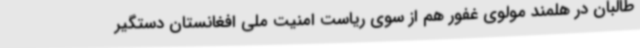
طالبان در هلمند مولوی غفور هم از سوی ریاست امنیت ملی افغانستان دستگیر